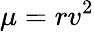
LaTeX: \mu=rv^{2}